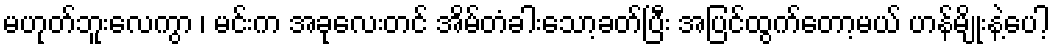
မဟုတ်ဘူးလေကွာ ၊ မင်းက အခုလေးတင် အိမ်တံခါးသော့ခတ်ပြီး အပြင်ထွက်တော့မယ် ဟန်မျိုးနဲ့ပေါ့